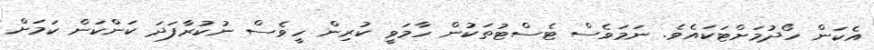
އެކަން ހޯދުމަށްޓަކައެވެ. ނަމަވެސް ޓެސްޓުތަކުން ހާމަވީ ކުރިން ހީވެސް ނުކުރާފަދަ ކަންކަން ކަމަށް